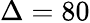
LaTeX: \Delta=80